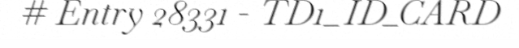
# Entry 28331 - TD1_ID_CARD